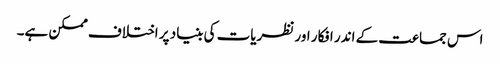
اس جماعت کے اندر افکار اور نظریات کی بنیاد پر اختلاف ممکن ہے۔